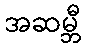
အဆမ္ဘီ